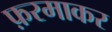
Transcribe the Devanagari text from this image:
फ़रमाकर